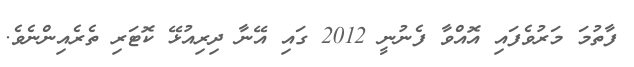
ފާތުމަ މަރުވެފައި އޮއްވާ ފެނުނީ 2012 ގައި އޭނާ ދިރިއުޅޭ ކޮޓަރި ތެރެއިންނެވެ.